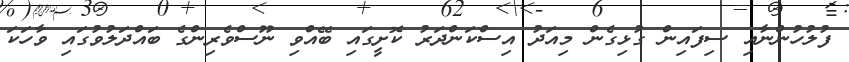
ފުލުހުންނާއި ސިފައިން ގުޅިގެން މިއަދު އިސްކަންދަރު ކޮށީގައި ބޭއްވި ނޫސްވެރިންގެ ބައްދަލުވުުގައި ވާހަކަ